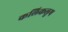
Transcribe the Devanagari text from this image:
कलिकलुष